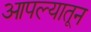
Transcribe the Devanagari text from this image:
आपल्यातून